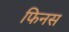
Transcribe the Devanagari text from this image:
फिनस